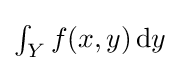
{\textstyle \int _{Y}f(x,y)\,\mathrm {d} y}